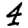
Digit: 4